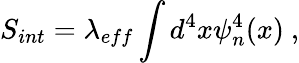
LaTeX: S_{int}=\lambda_{eff}\int d^{4}x\psi_{n}^{4}(x)~,